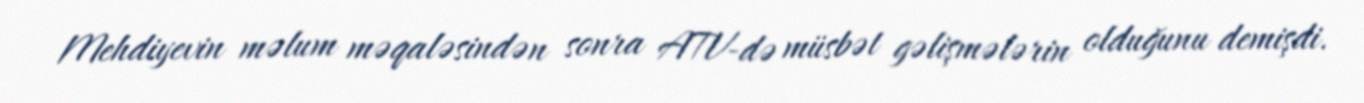
Mehdiyevin məlum məqaləsindən sonra ATV-də müsbət gəlişmələrin olduğunu demişdi.